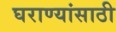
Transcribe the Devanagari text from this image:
घराण्यांसाठी